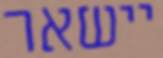
יישאר